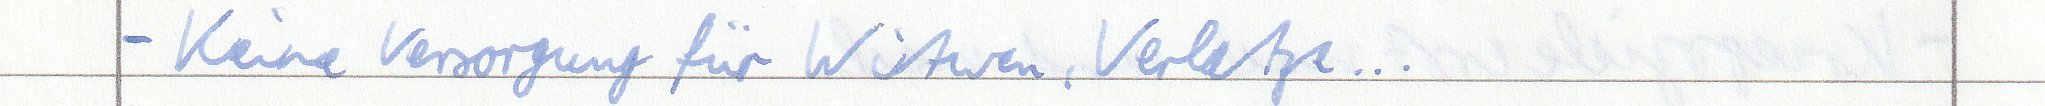
- Keine Versorgung für Witwen, Verletze...